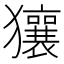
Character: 獽